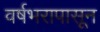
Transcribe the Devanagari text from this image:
वर्षभरापासून